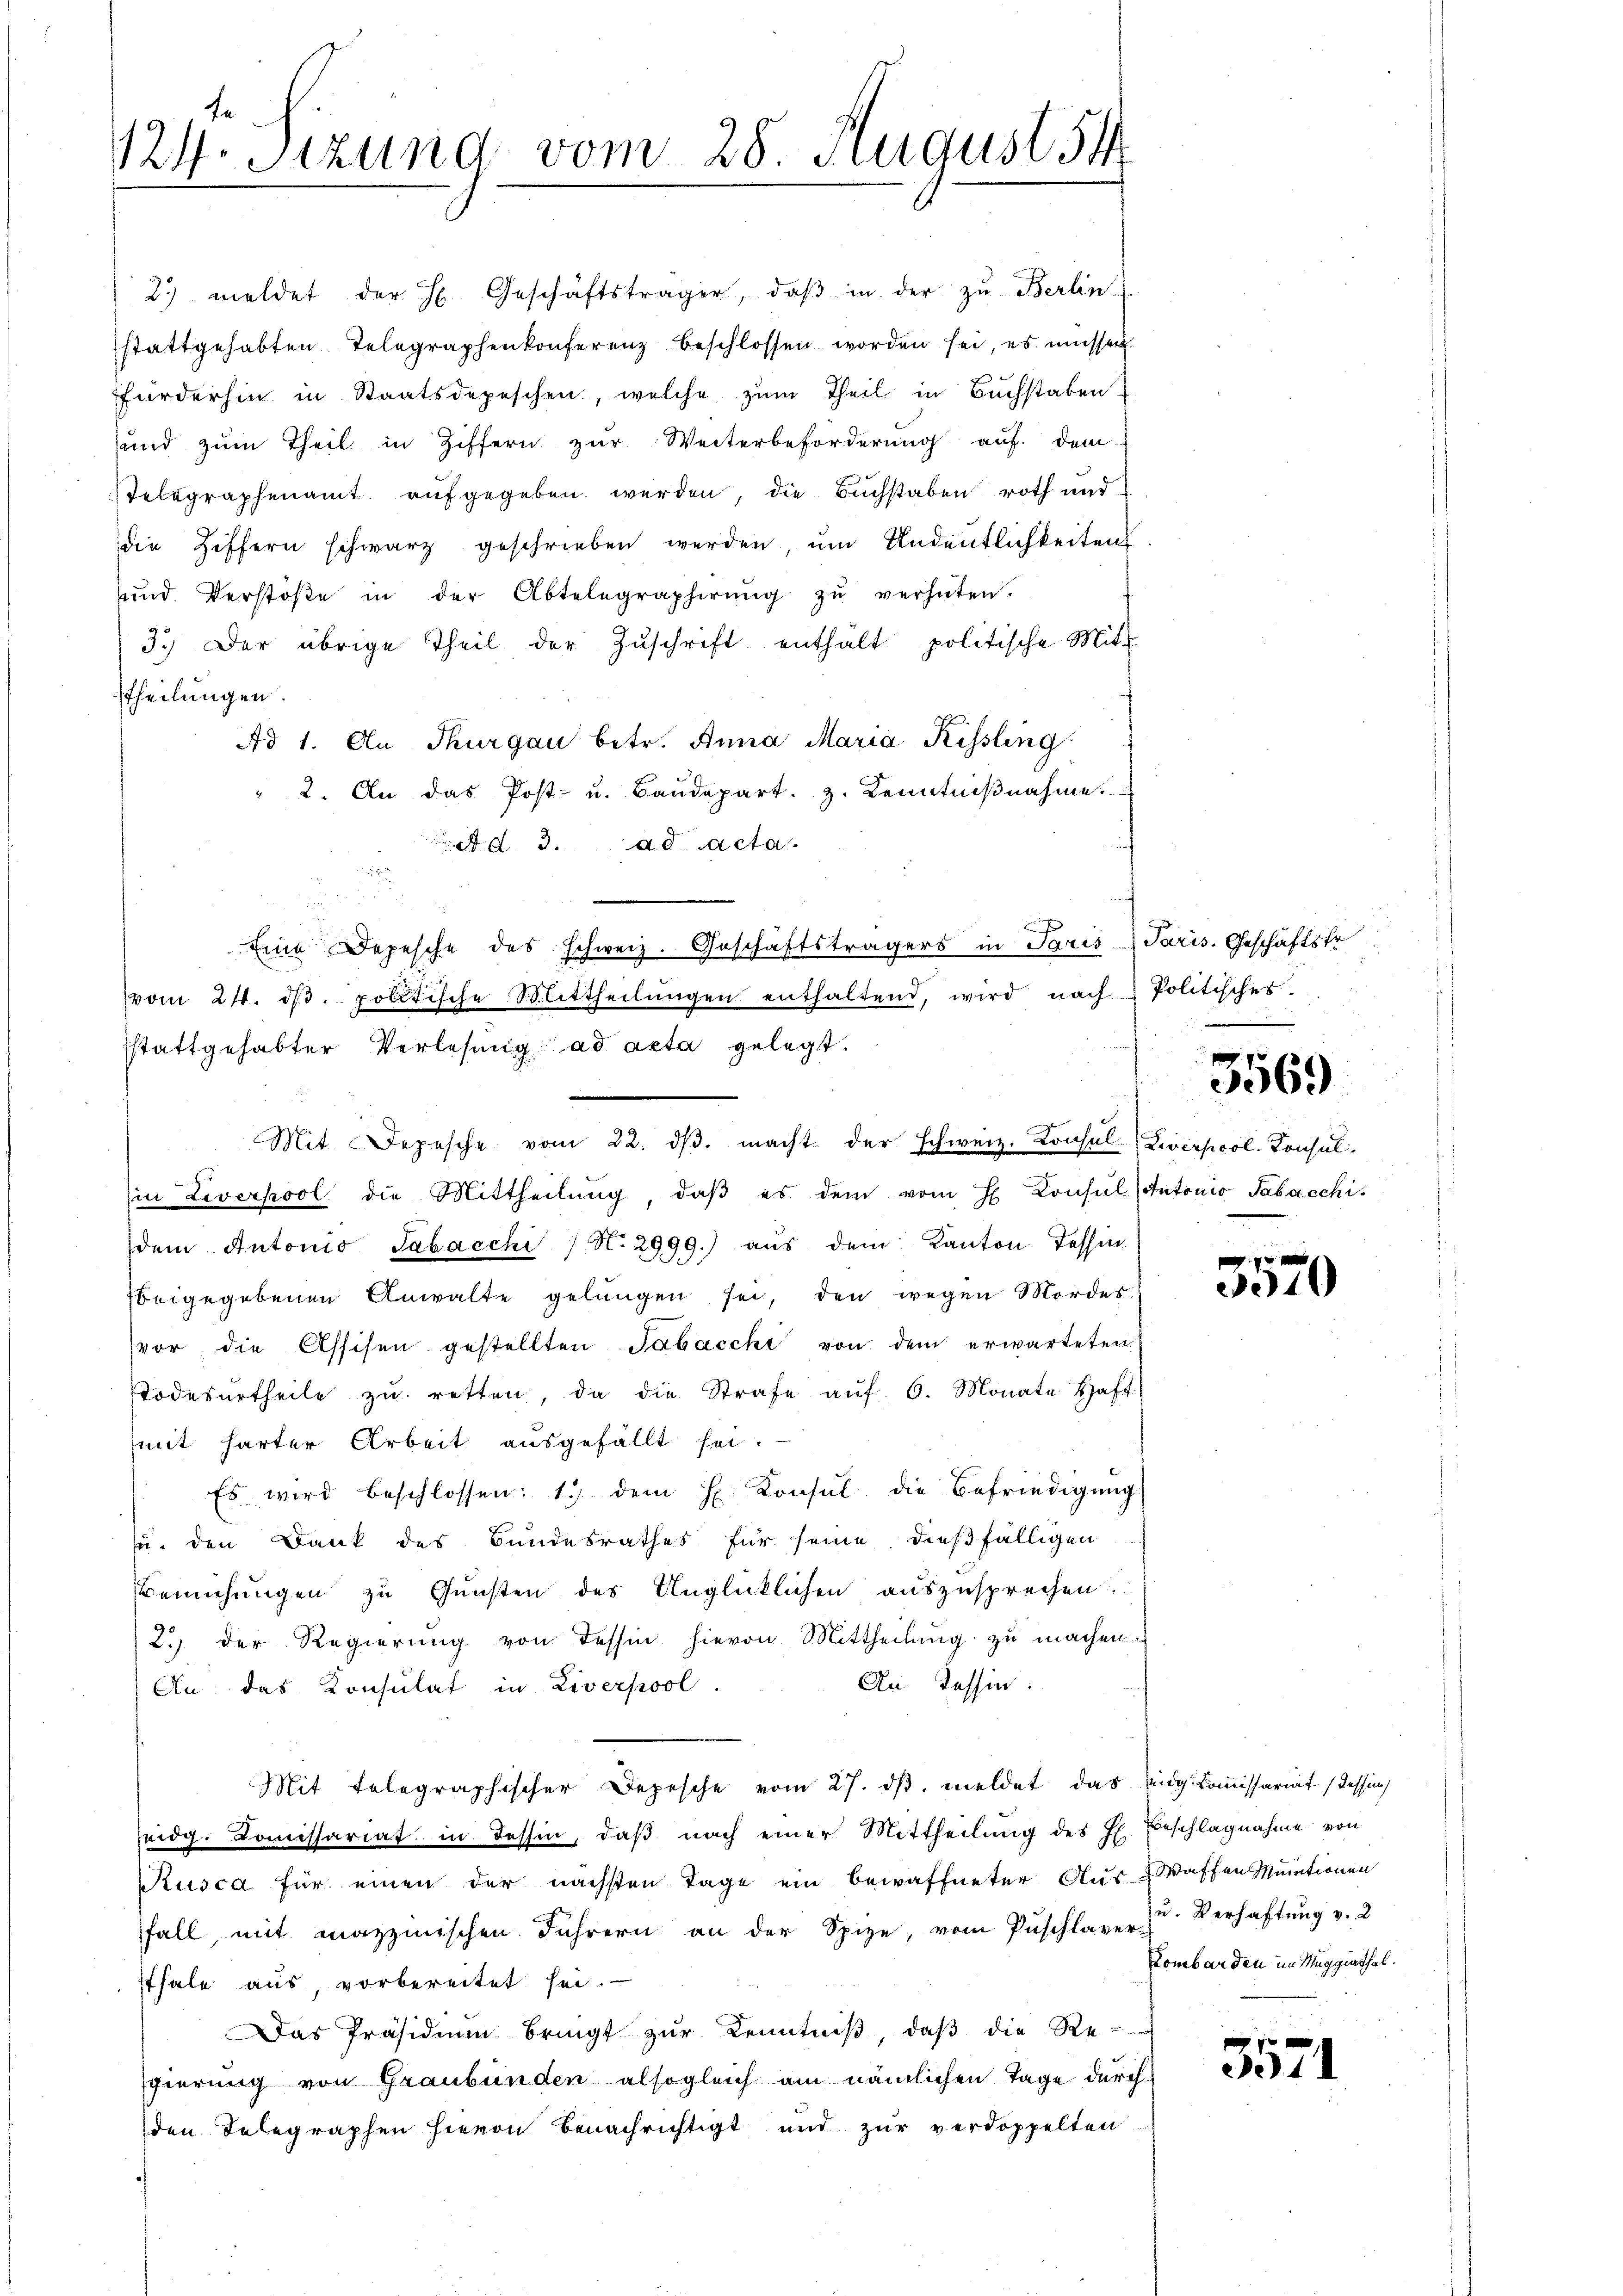
124. Sitzung vom 28. August 54

2. meldet der H. Geschäftsträger, daβ in der zu Berlin
stattgehabten Telegraphenkonferenz beschlossen worden sei, es müssen
fürderhin in Staatsdepeschen, welche zum Theil in Buchstaben
und zŭm Theil in Ziffern zŭr Weiterbeförderŭng auf dem
Telegraphenamt aufgegeben werden, die Buchstaben roth und
die Ziffern schwarz geschrieben werden, ŭm Andentlichkeiten
und Verstoβe in der Abtelegraphirŭng zŭ verhüten.
3.) Der übrige Theil der Zŭschrift enthält, politische Mit-
ttheilungen.
Ad 1. Au Thurgau betr. Anna Maria Kessling
" 2. An das Post- u. Baŭdepart. 3. Kenntniβnahme.
 d. d. 3. ad Acta.
Eine Depesche des schweiz. Geschäftsträgers in Paris Paris. Geschäftsfr
vom 24. dβ. politische Mittheilŭngen enthaltend, wird nach & Politisches.
sstattgehabter Verlesung ad acta gelegt.
in Liverpool die Mittheilŭng, daβ es dem vom H Consul (Antonio Sabaschi
dem Antonio Sabacchi / N. 2999.) aŭs dem Kanton Tessin
beigegebenen Anwalte gelangen sei, den wegen Mordes
vor die Assisen gestellten Tabacchi von dem erwarteten
Todesurtheile zŭ retten, da die Strafe aŭf 6. Monate Haft
mit harter Arbeit ausgefällt sei.
Es wird beschlossen: 1) dem H. Konsŭl. die Befriedigŭng
u. den Dank des Bundesrathes für seine dießfälligen
Bemühungen zu Gunsten des Unglücklichen auszusprechen
2.) der Regierŭng von dessin hievon Mittheilung zu machen.
An Tessin:
An das Konsulat in Liverpool.
Mit telegraphischer Depesche vom 27. dβ meldet das Zug-Commissariat dessens
seidg. Komissariat in Tessin, daβ nach einer Mittheilung des H. Beschlagnahme von
Rusca für einen der nächsten Tage ein bewaffneter Aus-Waffen Muntionen
fall mit mazzmischen Führern an der Spize, vom Zŭschlager Verhaftung v. 2
sthale aus, vorbereitet sei.
Das Präsidium bringt zŭr Kenntniβ, daβ die Re-
Egierung von Graubünden alsogleich am nämlichen Tage durch
den Telegraphen hievon benachrichtigt und zur verdoppelten

.

Mit Depesche vom 22. dβ. macht der schweiz. Konsul (Liverpool-Consul¬

.

7
3069

3310

Lombarden im Maggiathal.

3571